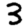
Digit: 3